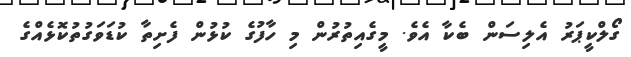
ގޯލްކީޕަރު އެލިސަން ބެކާ އެވެ. މީގެއިތުރުން މި ހާފުގެ ކުޅުން ފެށިތާ ކުޑަވަގުތުކޮޅެއްގެ